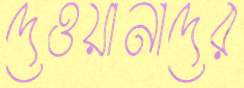
দেওয়ানাদের